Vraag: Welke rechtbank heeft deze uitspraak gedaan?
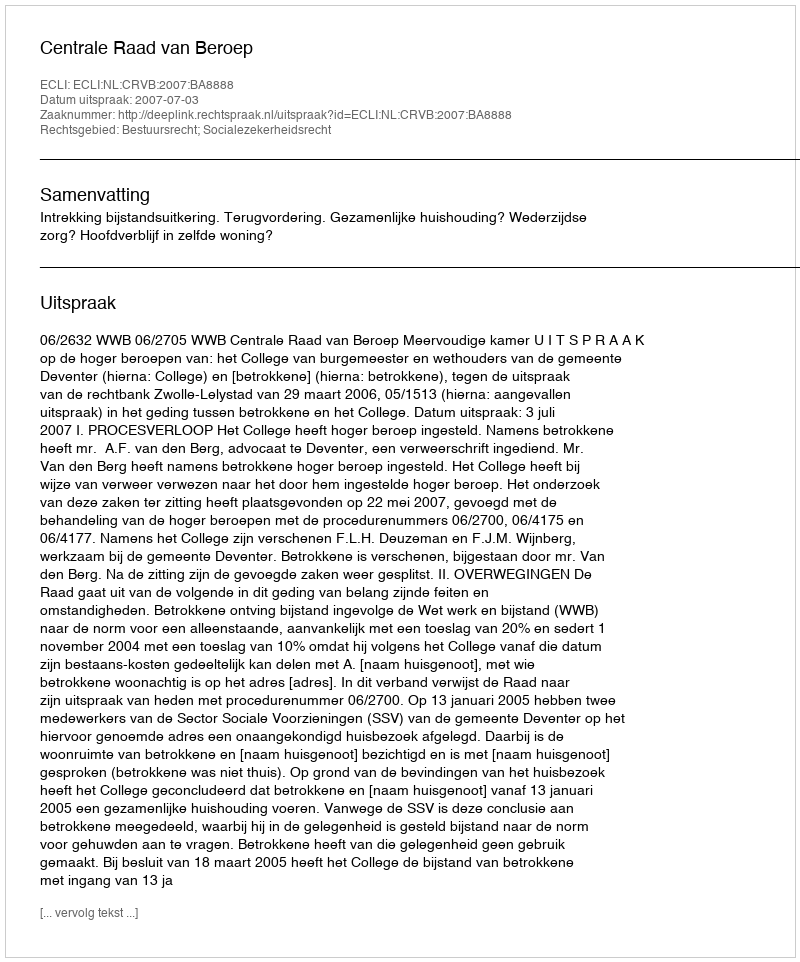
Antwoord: Centrale Raad van Beroep